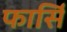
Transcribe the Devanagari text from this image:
फार्सि